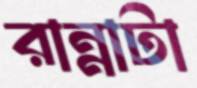
রান্নাটা